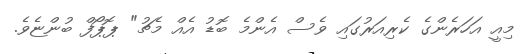
މިއީ އަހަރެންގެ ކެރިއަރުގައި ވެސް އެންމެ ބޮޑު އެއް މެޗު" ޕޮޕޯފް ބުންޏެވެ.